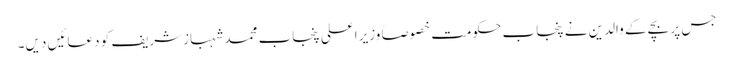
جس پر بچے کے والدین نے پنجاب حکومت خصوصاً وزیر اعلی پنجاب محمد شہبازشریف کو دعائیں دیں۔